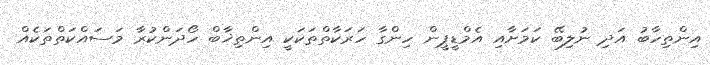
އިންތިހާބު އަދި ނުލިބޭ ކަމަށާއި އެމްޑީޕީން ހިންގާ ހަރަކާތްތަކަކީ އިންތިޚާބް ހޯދަންކުރާ މަސައްކަތްތަކެއް